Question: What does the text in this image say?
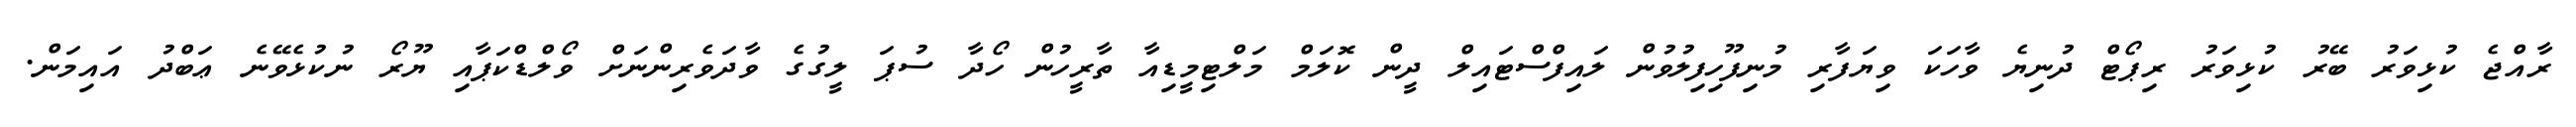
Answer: ރާއްޖެ ކުޅިވަރު ބޭރު ކުޅިވަރު ރިޕޯޓް ދުނިޔެ ވާހަކަ ވިޔަފާރި މުނިފޫހިފިލުވުން ލައިފްސްޓައިލް ދީން ކޮލަމް މަލްޓިމީޑިއާ ތާރީހުން ހޯދާ ސުޕަ ލީގުގެ ވާދަވެރިންނަށް ވޯލްޑްކަޕާއި ޔޫރޯ ނުކުޅެވޭނެ ޢަބްދު އައިމަން.